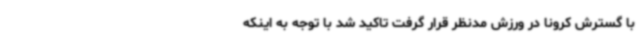
با گسترش کرونا در ورزش مدنظر قرار گرفت تاکید شد با توجه به اینکه